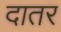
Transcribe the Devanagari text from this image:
दातर